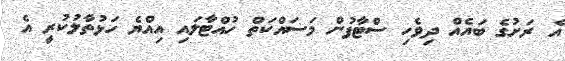
އެ ރަށުގެ ބައެއް ދިވެހި ސްޓާފުން މަސައްކަތް ހުއްޓާލައި އިއްޔެ ހަޅުތާލުކުރީ އެ